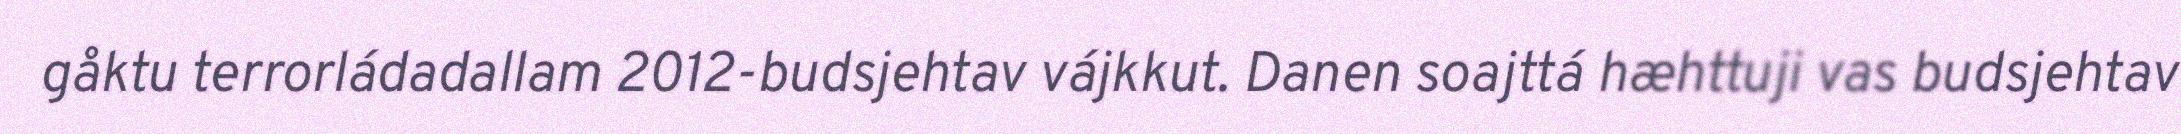
gåktu terrorládadallam 2012-budsjehtav vájkkut. Danen soajttá hæhttuji vas budsjehtav